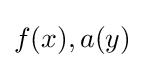
f(x),a(y)